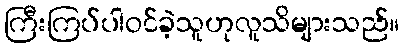
ကြီးကြပ်ပါဝင်ခဲ့သူဟုလူသိများသည်။